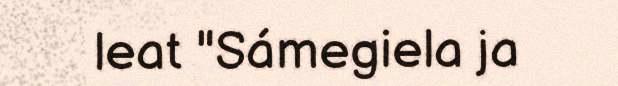
leat "Sámegiela ja